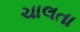
ચાલતા